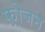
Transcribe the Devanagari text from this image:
फ़्रोजन